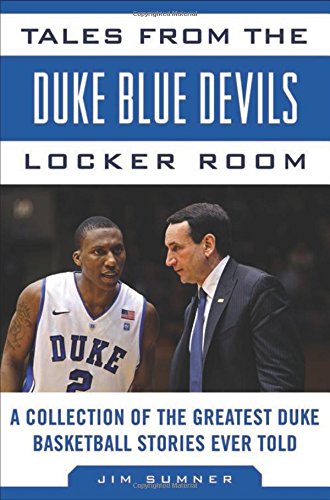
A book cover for Tales from the Duke Blue Devils Locker Room: A Collection of the Greatest Duke Basketball Stories Ever Told (Tales from the Team); Jim Sumner; Sports & Outdoors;